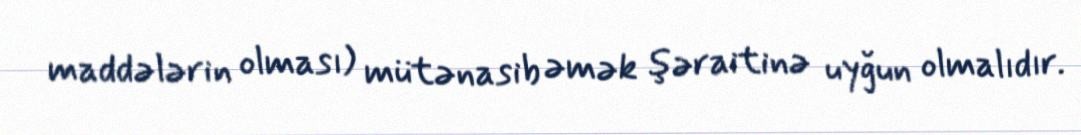
maddələrin olması) mütənasib əmək şəraitinə uyğun olmalıdır.